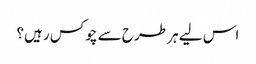
اس لیے ہر طرح سے چوکس رہیں؟